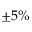
\pm 5 \%